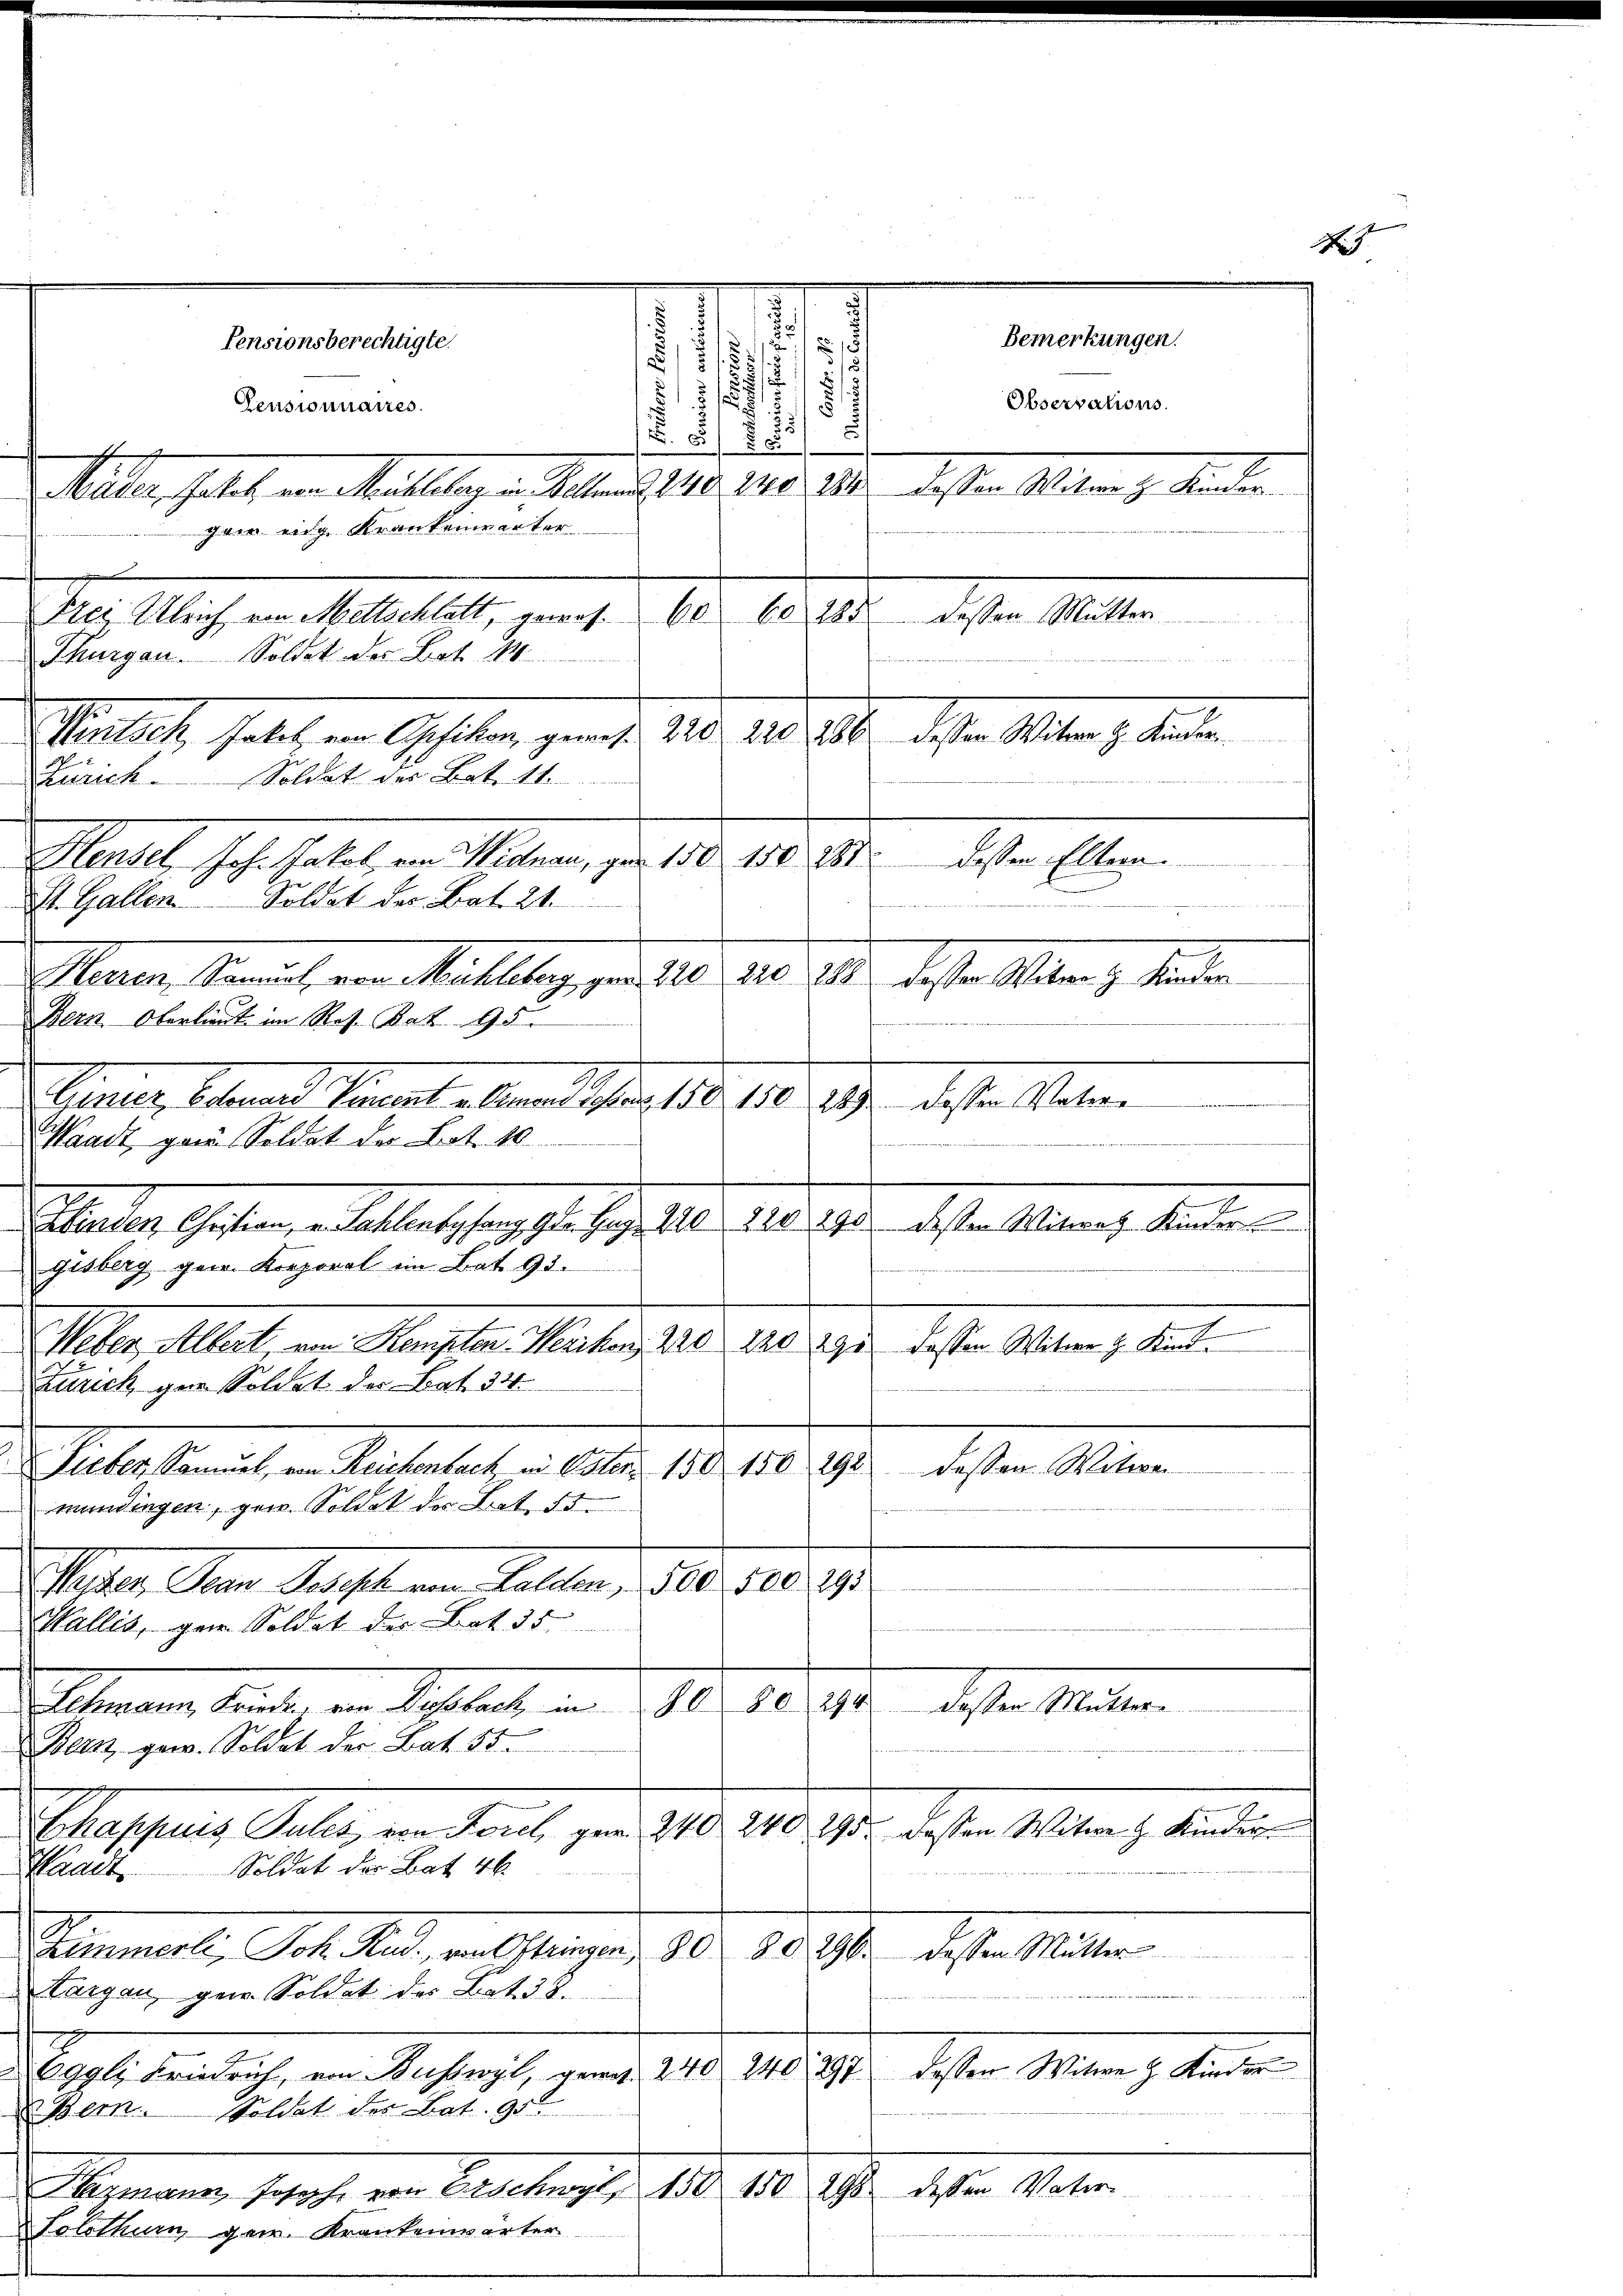
d
f
Bemerkungen.
Pensionsberechtigte.
)
.

:
.
/
Observations
5
Censionnaires.
5
55

 853
n
Mäder, Gatet, von Mühlekarg in Beten d. 248. 240. 284 dessen Witweg Kinder
gan eige Krankenwerter
Mei Auch in Malenthalt, ganze 10. 1814. dieser Mitten
Thurgau. Soldet der Bot 14.
dchen 18ten 1. die
Marlich habe, von Geselben gemacht 225. 10. 100
Zürich. Soldat der Bat. 11.
dessen Eltern.
Meartet sehr halten Matern, den 10. 18.
St. Gallen Soldat der Bat. 21.
Mauren Zürich von Mittelung von 140. 210. 14. diese Alten gesandten
Bern. Oberlieut im Res. Bat. 95.
Sinnen, Alemand kannt eben aber 1810. 10. 19. diese Alten

Waadt, ganz Soldat der Lot. 40.
Veter allert an Konsther. Marten 1810. 10. die besten Mitern, Sent
Zürich gar Soldat der Stat. 34.
a
diesen Man
Lieber Samuel, von Reichenbach in Oster 150. 150
mündingen, gew. Soldat des Bat. 55
Sitter den Recht an Fallen, 160. 10. 1910.
Wallis, gen Soldat der Bot 35
§ 80. 294.
Alemann keine an Sache alte und
M
Bern gew. Soldat der Bat. 55.
Chappuis Pules, von Forel gen 240 240 295. dassen Witwe H. Kinder
Soldat der Bat 46
Waadt.
Sinmetz, Joh. Stadt, verschlagen, 10. 1891.
deser Miter
Targau, gew. Soldat des Bat. 38.
240, 297 dessen Witwe z. Kinder
Oggli Friedrich, von Busswyl, gewes 240
Rern. Soldat des Bat. 95.
dessen Vater
Mammann schof, von Alterlangter 180. 10. ds.

Solothur gen. Krankenwärter

Mader Gestern er allerlesen habe sehr aber 1810. 19.
gisberg gern. Kreporal im Bat. 93.

Metalladung Seiten.